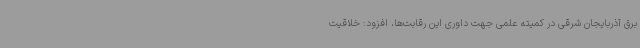
برق آذربایجان شرقی در کمیته علمی جهت داوری این رقابت‌ها، افزود: خلاقیت